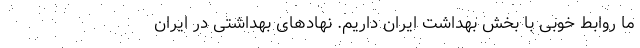
ما روابط خوبی با بخش بهداشت ایران داریم. نهادهای بهداشتی در ایران